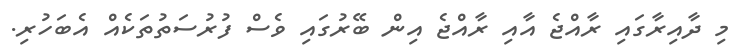
މި ދާއިރާގައި ރާއްޖެ އާއި ރާއްޖެ އިން ބޭރުގައި ވެސް ފުރުސަތުތަކެއް އެބަހުރި.